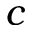
c